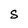
Character: S